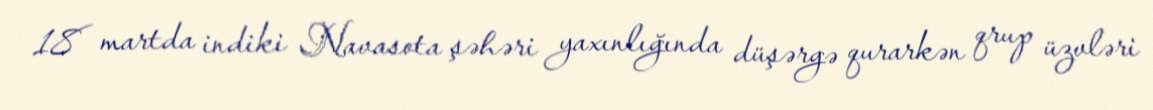
18 martda indiki Navasota şəhəri yaxınlığında düşərgə qurarkən qrup üzvləri